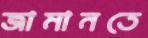
জামানতে